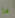
ما